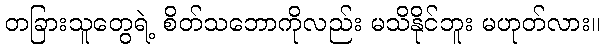
တခြားသူတွေရဲ့ စိတ်သဘောကိုလည်း မသိနိုင်ဘူး မဟုတ်လား။